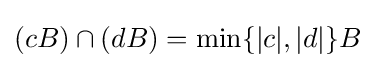
(cB)\cap (dB)=\min _{}\{|c|,|d|\}B